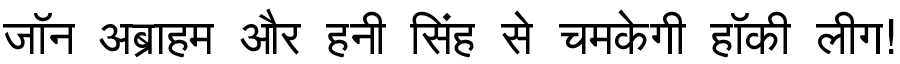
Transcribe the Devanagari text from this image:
जॉन अब्राहम और हनी सिंह से चमकेगी हॉकी लीग!